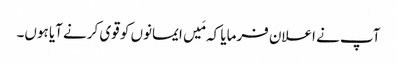
آپ نے اعلان فرمایا کہ مَیں ایمانوں کو قوی کرنے آیا ہوں۔